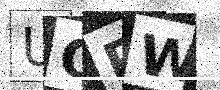
Text: UCPW